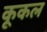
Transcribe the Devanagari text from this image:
कूकल